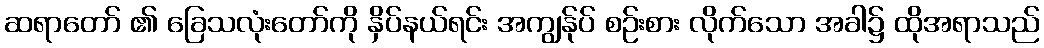
ဆရာတော် ၏ ခြေသလုံးတော်ကို နှိပ်နယ်ရင်း အကျွန်ုပ် စဉ်းစား လိုက်သော အခါ၌ ထိုအရာသည်